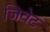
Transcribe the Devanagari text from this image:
जिवेट